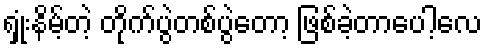
ရှုံးနိမ့်တဲ့ တိုက်ပွဲတစ်ပွဲတော့ ဖြစ်ခဲ့တာပေါ့လေ